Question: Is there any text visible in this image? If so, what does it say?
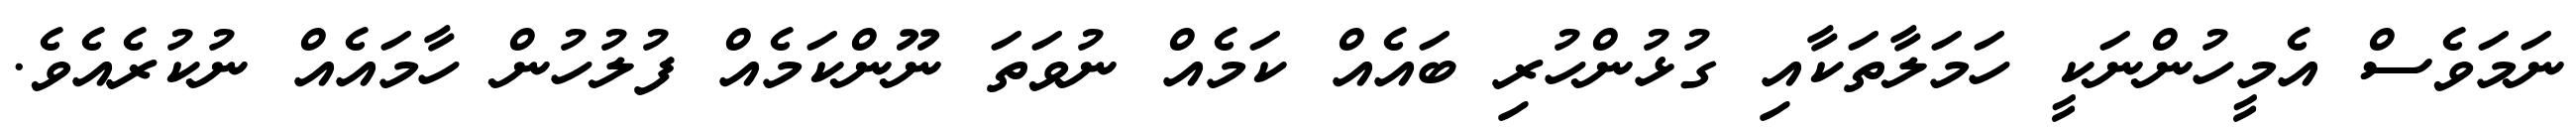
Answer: ނަމަވެސް އެމީހުންނަކީ ހަމަލާތަކާއި ގުޅުންހުރި ބައެއް ކަމެއް ނުވަތަ ނޫންކަމެއް ފުލުހުން ހާމައެއް ނުކުރެއެވެ.